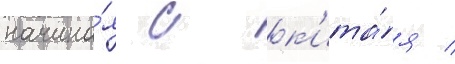
начина́я с к'ита́я /